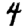
Digit: 4